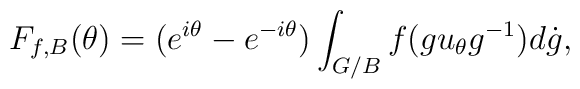
F_{f,B}(\theta ) = (e^{i\theta }-e^{-i\theta }) \int_{G/B}f(gu_{\theta}g^{-1})d\dot{g} ,